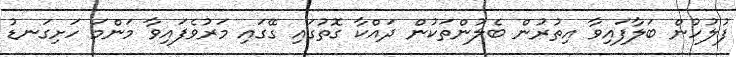
ފުލުހުން ބަލާފައިވާ އިތުރުން ބެލުންތަކުން ދައްކާ ގޮތުގައި ގޭގައި މަރުވެފައިވާ މަންމަ ހަށިގަނޑު